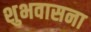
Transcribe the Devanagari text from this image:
शुभवासना